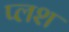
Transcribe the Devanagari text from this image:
प्लश